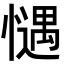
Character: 𢡎